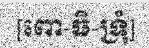
[ពោ-ធិ-ទ្រុំ]